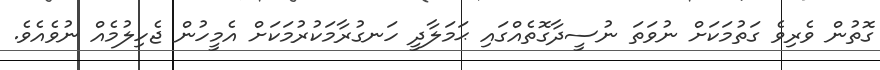
ގޮތުން ވެރިވެ ގަތުމަކަށް ނުވަތަ ނުސީދާގޮތެއްގައި ޙަމަލާދީ ހަނގުރާމަކުރުމަކަށް އެމީހުން ޖެހިލުމެއް ނުވެއެވެ.